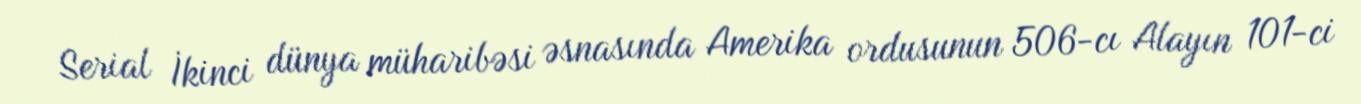
Serial İkinci dünya müharibəsi əsnasında Amerika ordusunun 506-cı Alayın 101-ci